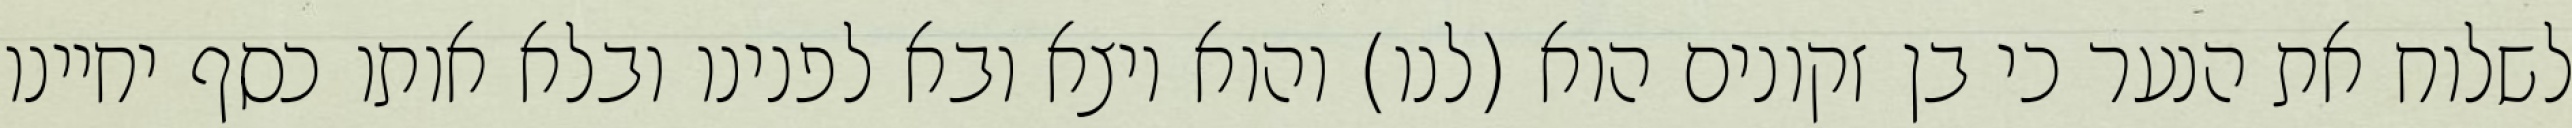
לשלוח את הנער כי בן זקונים הוא (לנו) והוא יוצא ובא לפנינו ובלא אותו כסף יחיינו